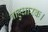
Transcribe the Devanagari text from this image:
बाहुधारक।